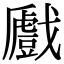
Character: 𢨛